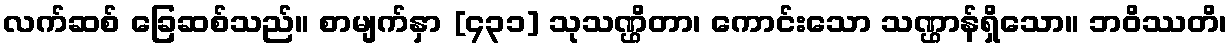
လက်ဆစ် ခြေဆစ်သည်။ စာမျက်နှာ [၄၃၁] သုသဏ္ဌိတာ၊ ကောင်းသော သဏ္ဌာန်ရှိသော။ ဘဝိဿတိ၊